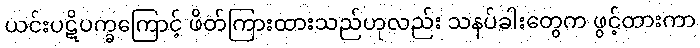
ယင်းပဋိပက္ခကြောင့် ဖိတ်ကြားထားသည်ဟုလည်း သနပ်ခါးတွေက ဖွင့်ထားကာ